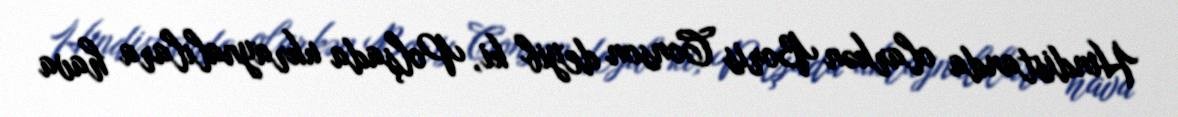
Hindistanda olarkən Boris Conson deyib ki, Polşada ukraynalılara hava